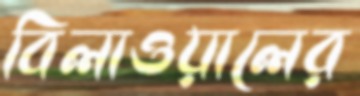
বিলাওয়ালের